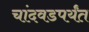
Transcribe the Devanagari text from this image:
चांदवडपर्यंत